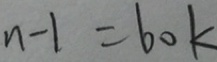
n - 1 = 6 0 k